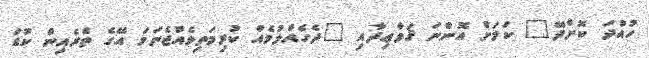
ހުއްދަ ކޮށްދޭ" ކަމަށް އޮންނަ ޤަވާޢިދާއި "ދެގެއްލުމެއް ކުރިމަތިވެއްޖެނަމަ އޭގެ ތެރެއިން ކުޑަ